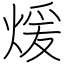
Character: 煖